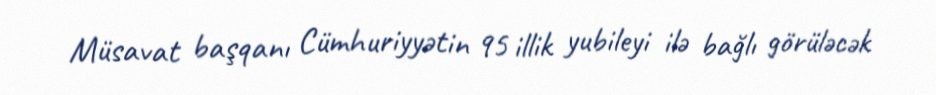
Müsavat başqanı Cümhuriyyətin 95 illik yubileyi ilə bağlı görüləcək